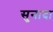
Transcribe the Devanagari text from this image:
सुनादा